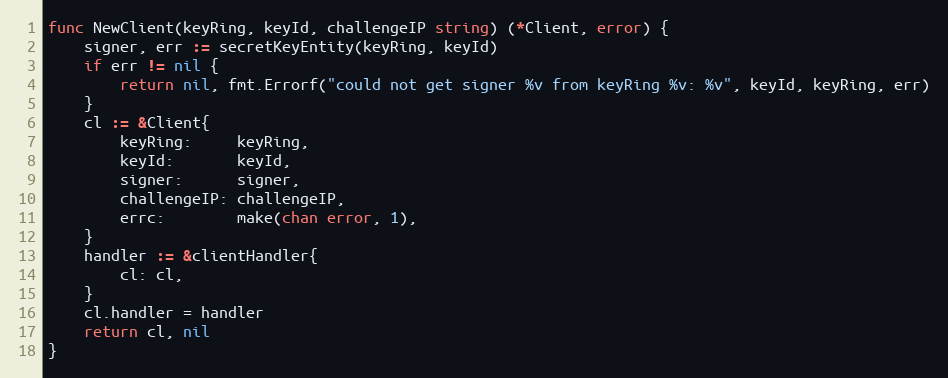
Language: Go
func NewClient(keyRing, keyId, challengeIP string) (*Client, error) {
	signer, err := secretKeyEntity(keyRing, keyId)
	if err != nil {
		return nil, fmt.Errorf("could not get signer %v from keyRing %v: %v", keyId, keyRing, err)
	}
	cl := &Client{
		keyRing:     keyRing,
		keyId:       keyId,
		signer:      signer,
		challengeIP: challengeIP,
		errc:        make(chan error, 1),
	}
	handler := &clientHandler{
		cl: cl,
	}
	cl.handler = handler
	return cl, nil
}